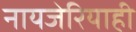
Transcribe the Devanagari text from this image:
नायजेरियाही